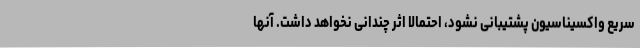
سریع واکسیناسیون پشتیبانی نشود، احتمالا اثر چندانی نخواهد داشت. آنها